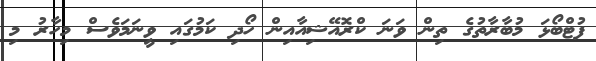
ފުޓްބޯޅަ މުބާރާތުގެ ތިން ވަނަ ކްރޮއޭޝިއާއިން ހޯދި ކަމުގައި ވީނަމަވެސް މިހާރު މި